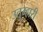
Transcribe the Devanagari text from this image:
उतुम्हारी